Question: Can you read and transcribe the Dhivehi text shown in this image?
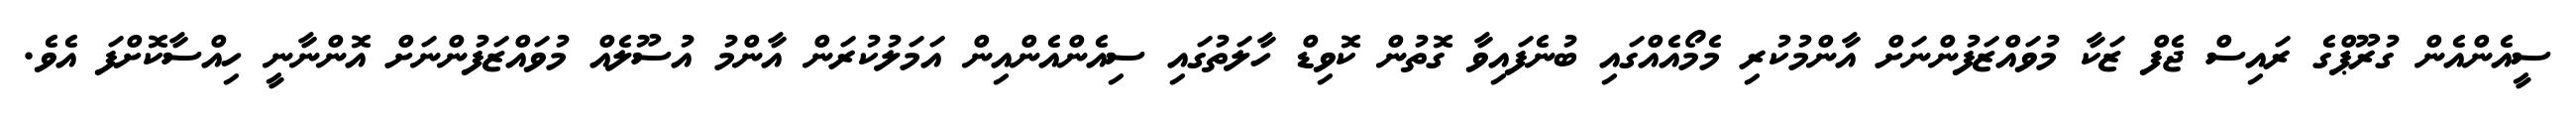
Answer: ސީއެންއެން ގުރޫޕްގެ ރައިސް ޖެފް ޒަކާ މުވައްޒަފުންނަށް އާންމުކުރި މެމޯއެއްގައި ބުނެފައިވާ ގޮތުން ކޮވިޑް ހާލަތުގައި ސިއެންއެންއިން އަމަލުކުރަން އާންމު އުސޫލެއް މުވައްޒަފުންނަށް އޮންނާނީ ހިއްސާކޮށްފަ އެވެ.